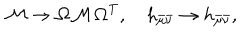
{ \cal M } \to { \bf \Omega } { \cal M } { \bf \Omega } ^ { T } , h _ { \bar { \mu } \bar { \nu } } \to h _ { \bar { \mu } \bar { \nu } } ,